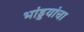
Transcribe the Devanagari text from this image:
भांड्डयांचा